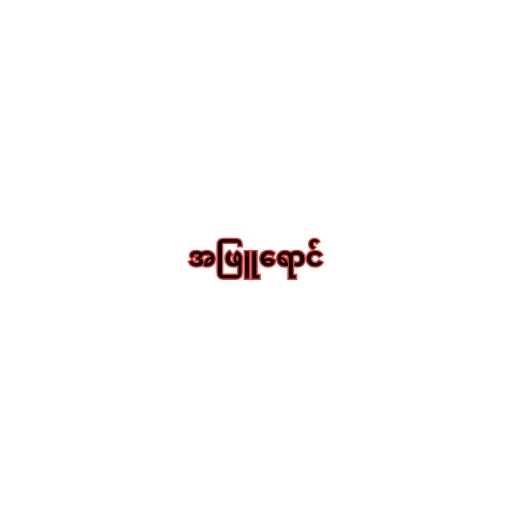
အဖြူရောင်